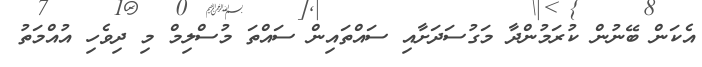
އެކަން ބޭނުން ކުރަމުންދާ މަގުސަދަށާއި ސައްތައިން ސައްތަ މުސްލިމް މި ދިވެހި އުއްމަތު